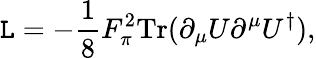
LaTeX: {\cal\mathtt{L}}=-{\frac{{1}}{{8}}}F_{\pi}^{2}\mathrm{{Tr}}(\partial_{\mu}U\partial^{\mu}U^{\dagger}),